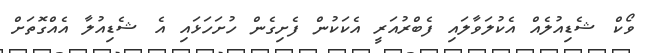
ވޯކް ޝެޑިއުލެއް އެކުލަވާލައި ފެބްރުއަރީ އެކަކުން ފެށިގެން ހުށަހަޅައި އެ ޝެޑިއުލާ އެއްގޮތަށް